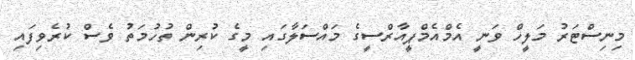
މިނިސްޓަރު މަލީހް ވަނީ އެމްއެމްޕީއާރްސީގެ މައްސަލާގައި މީގެ ކުރިން ތުހުމަތު ވެސް ކުރެެވިފައި